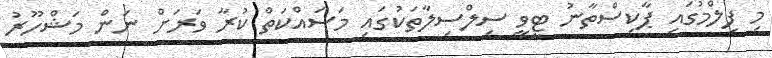
މި ފިލްމުގައި ޕާކިސްތާނު ޓީވީ ސިލްސިލާތަކުގައި މަސައްކަތް ކުރާ ވަރަށް ނަން މަޝްހޫރު